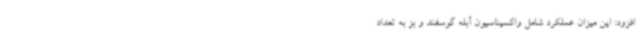
افزود: این میزان عملکرد شامل واکسیناسیون آبله گوسفند و بز به تعداد